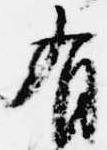
有